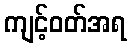
ကျင့်ဝတ်အရ